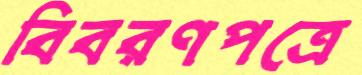
বিবরণপত্রে